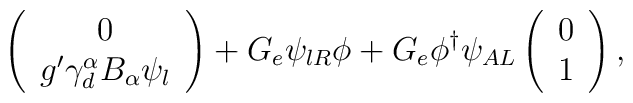
\left( \begin{array}{c}0 \\ g^{\prime }\gamma _{d}^{\alpha }B_{\alpha }\psi _{l}\end{array}\right) +G_{e}\psi _{lR}\phi +G_{e}\phi ^{\dagger }\psi _{AL}\left( \begin{array}{c}0 \\ 1\end{array}\right) ,